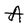
Character: A